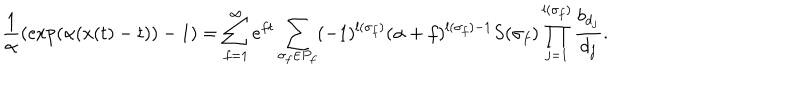
\frac { 1 } { \alpha } ( \exp ( \alpha ( x ( t ) - t ) ) - 1 ) = \sum _ { f = 1 } ^ { \infty } e ^ { f t } \sum _ { \sigma _ { f } \in P _ { f } } ( - 1 ) ^ { l ( \sigma _ { f } ) } ( \alpha + f ) ^ { l ( \sigma _ { f } ) - 1 } S ( \sigma _ { f } ) \prod _ { j = 1 } ^ { l ( \sigma _ { f } ) } \frac { b _ { d _ { j } } } { d _ { j } } .